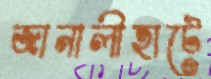
জানালীহাটে